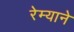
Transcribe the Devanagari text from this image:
रेम्याने